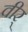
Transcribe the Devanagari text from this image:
वीर्